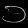
Digit: ၁